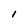
Character: l